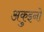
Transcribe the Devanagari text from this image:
अकुइनो